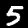
Digit: 5